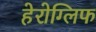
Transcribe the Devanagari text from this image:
हेरोग्लिफ